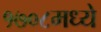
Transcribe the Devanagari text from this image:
१७०८मध्ये